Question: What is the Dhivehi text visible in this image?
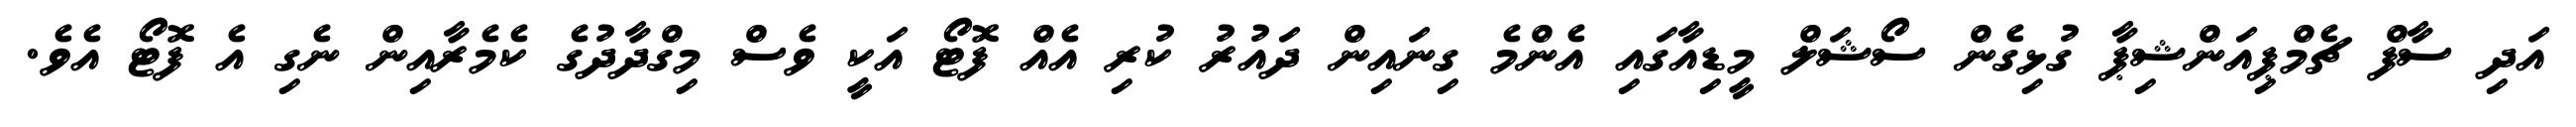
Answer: އަދި ސާފް ޗެމްޕިއަންޝިޕާ ގުޅިގެން ސޯޝަލް މީޑިއާގައި އެންމެ ގިނައިން ދައުރު ކުރި އެއް ފޮޓޯ އަކީ ވެސް މިގްދާދުގެ ކެމެރާއިން ނެގި އެ ފޮޓޯ އެވެ.